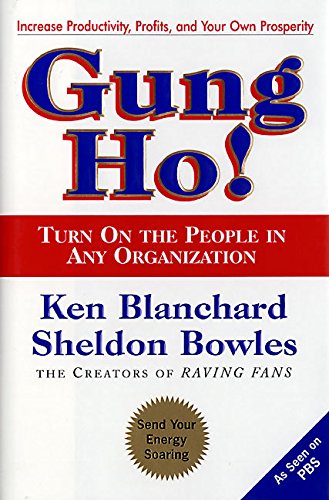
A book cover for Gung Ho! Turn On the People in Any Organization; Ken Blanchard; Business & Money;